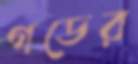
গডের